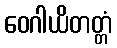
ဝေဂါယိတတ္တံ